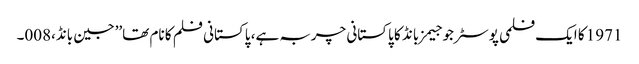
1971 کا ایک فلمی پوسٹر جو جیمز بانڈ کا پاکستانی چربہ ہے، پاکستانی فلم کا نام تھا’’جین بانڈ،008۔